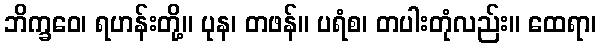
ဘိက္ခဝေ၊ ရဟန်းတို့။ ပုန၊ တဖန်။ ပရံစ၊ တပါးတုံလည်း။ ထေရာ၊